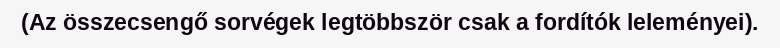
(Az összecsengő sorvégek legtöbbször csak a fordítók leleményei).